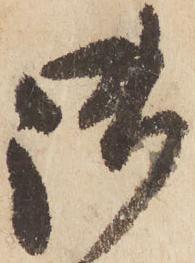
御